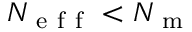
N _ { \mathrm { ~ e ~ f ~ f ~ } } < N _ { \mathrm { ~ m ~ } }